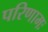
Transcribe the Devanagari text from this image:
परिणामः